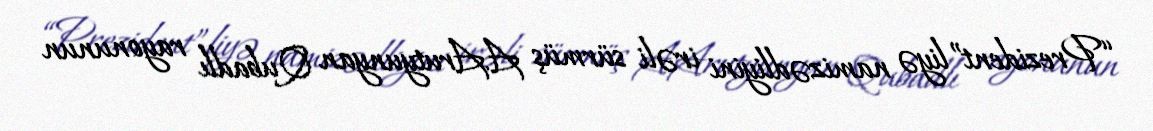
“Prezident”liyə namizədliyini irəli sürmüş A.Arutyunyan Qubadlı rayonunun